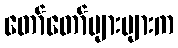
တော်တော်များများက